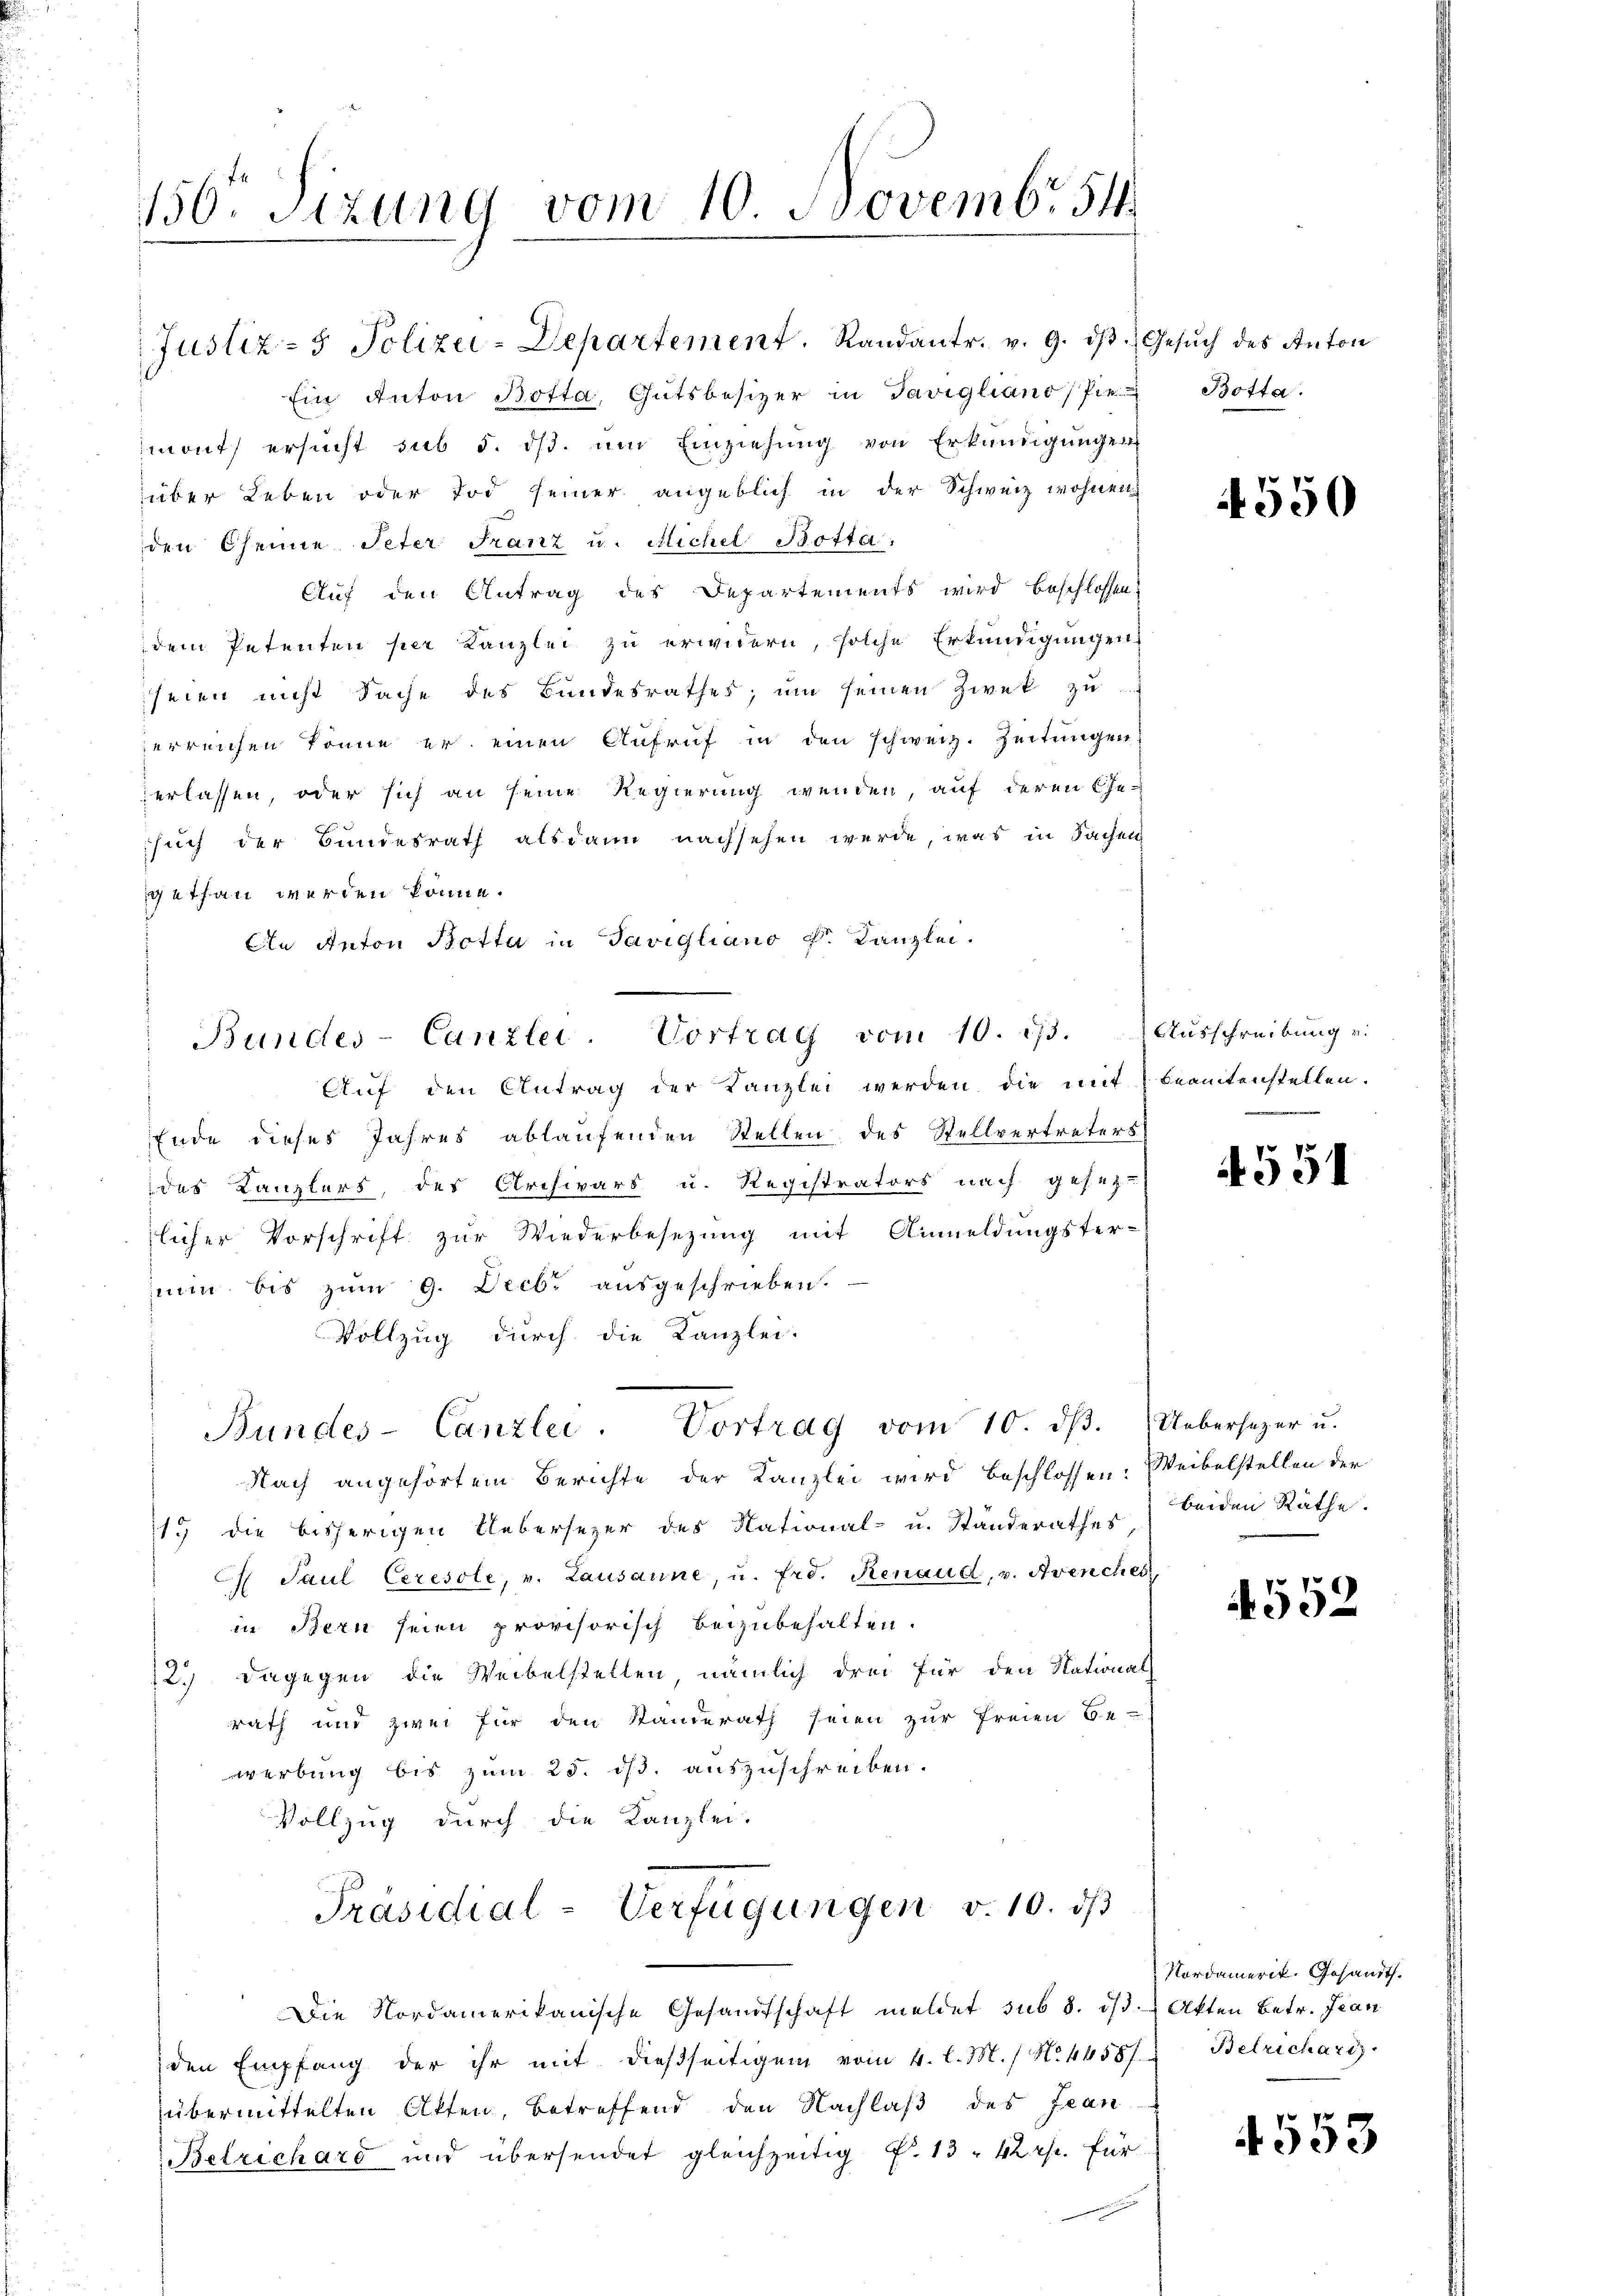
Ein Anton Botta, Gutsbesizer in Savigliano (Pie-Botta.
mont) ersucht sub 5. dß. um Einziehung von Erkundigungen
über Leben oder Tod seiner angeblich in der Schweiz wohnen
den seine Peter Franz u. Michel Botta.
Auf den Antrag des Departements wird beschlossen,
dem Petenten per Kanzlei zu erwidern, solche Erkundigungen
seien nicht Sache des Bundesrathes, um seinen Zwek zu
erreichen könne er einen Aufruf in den schweiz. Zeitungen
verlassen, oder sich an seine Regierung wenden, auf deren Ge-
such der Bundesrath alsdann nachsehen werde, was in Sachen
gethan werden könne.
An Anton Botta in Savigliano Dr. Kanzlei.
Aŭf den Antrag der Kanzlei werden die mit beamtenstellen.
Ende dieses Jahres ablaufenden Stellen des Stellvertreters
des Kanzlers, des Archivars u. Registrators nach gesetz-
licher Vorschrift zur Wiederbesezung mit Anmeldungster-
nun bis zŭm 9. Decbr aŭsgeschrieben.
Vollzug durch die Kanzlei-
Bundes-Canzlei. Vortrag vom 10. dβ.
Nach angehörtem Berichte der Kanzlei wird beschlossen: Weibelstellen der
119 die bisherigen Uebersezer des National- u. Standerathes,
 Paŭl Ceresole, v. Lausanne, u. Frd. Renaud, v. Avenches
in Bern seien provisorisch beizubehalten.
2.) Dagegen die Weibelstellen nämlich drei für den National
rath und zwei für den Standerath seien zur freien Be-
werbung bis zum 25. ds. auszuschreiben.
Vollzug durch die Kanzlei.
Präsidial-Verfügungen v. 10. dβ
Die Nordamerikanische Gesandtschaft meldet sub 8. ist. Akten betr. Jean
den Empfang der ihr mit dießseitigen vom 4. l. M. / No 44587. Betrichari
übermittelten Akten, betreffend den Nachlaß des Jean
Betrichard und übersendet gleichzeitig f. 13. 42 Rp. für

150. Sitzung vom 10. Novembr 54

Justiz- & Polizei-Departement. Randantr. v. 9. dβ. Gesŭch des Anton

Bundes-Canzlei- Vortrag vom 10. 1.

4550

Ausschreibung u.

4551

Uebersezer u.
beiden Räthe.

4552

Nordamerik. Gesandt.

4553